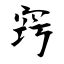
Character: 窍